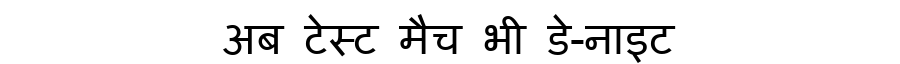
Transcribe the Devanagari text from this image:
अब टेस्ट मैच भी डे-नाइट